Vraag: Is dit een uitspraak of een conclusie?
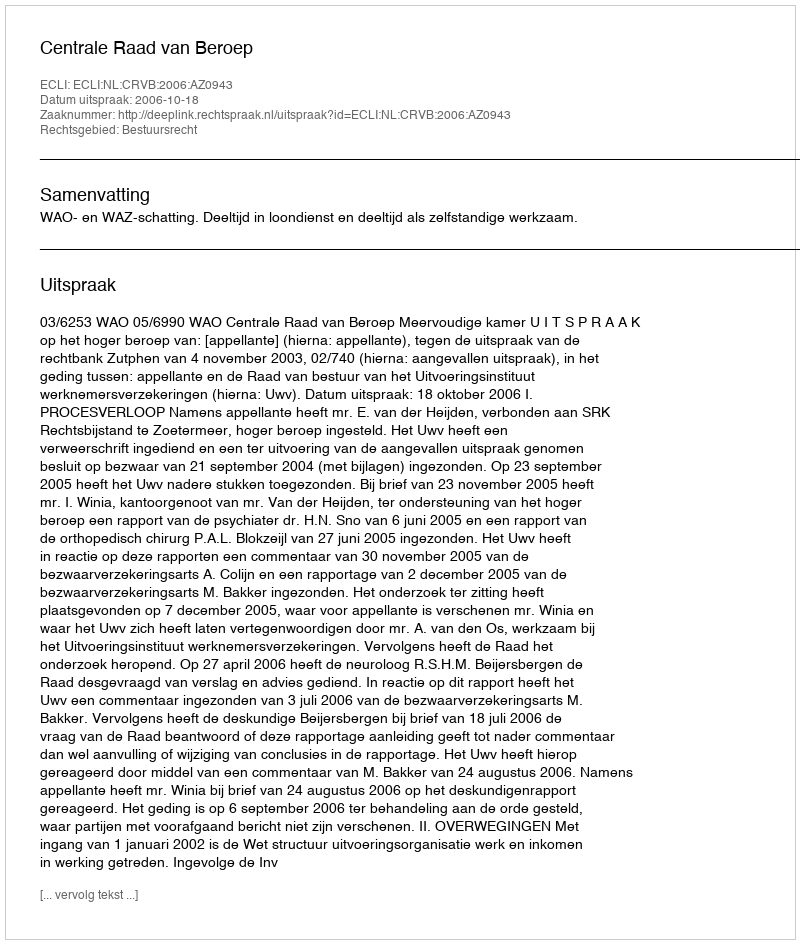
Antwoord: Uitspraak